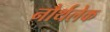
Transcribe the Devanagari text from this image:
नौर्थलेक